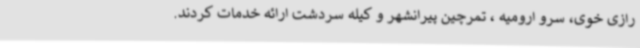
رازی خوی، سرو ارومیه ، تمرچین پیرانشهر و کیله سردشت ارائه خدمات کردند.